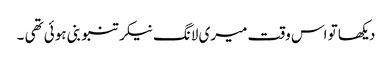
دیکھا تو اس وقت میری لانگ نیکر تنبو بنی ہوئی تھی ۔